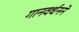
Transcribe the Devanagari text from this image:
गानवर्धनने